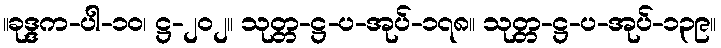
။ခုဒ္ဒက-ပါ-၁၀၊ ဋ္ဌ-၂၀၂။ သုတ္တ-ဋ္ဌ-ပ-အုပ်-၁၇၈။ သုတ္တ-ဋ္ဌ-ပ-အုပ်-၁၃၉။